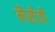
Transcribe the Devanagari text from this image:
मौसीजी